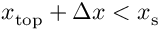
x _ { \mathrm { { t o p } } } + \Delta x < x _ { \mathrm { { s } } }